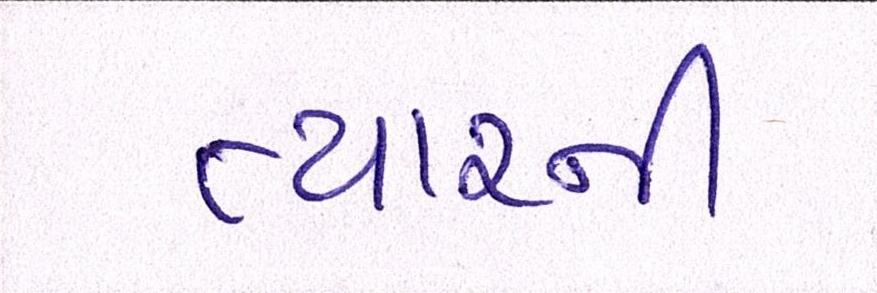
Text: ત્યારની